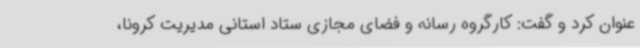
عنوان کرد و گفت: کارگروه رسانه و فضای مجازی ستاد استانی مدیریت کرونا،